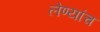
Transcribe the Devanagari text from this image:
लेण्यांच